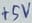
Text: +5V